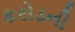
કરોડની